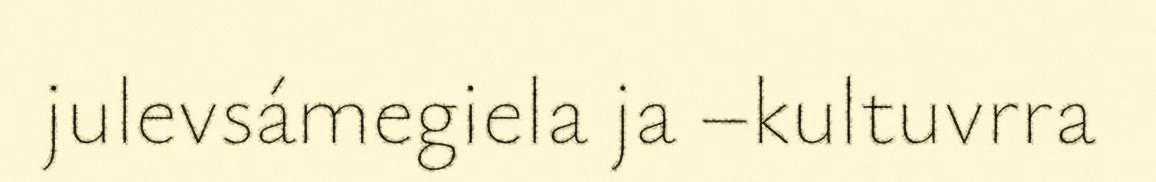
julevsámegiela ja –kultuvrra